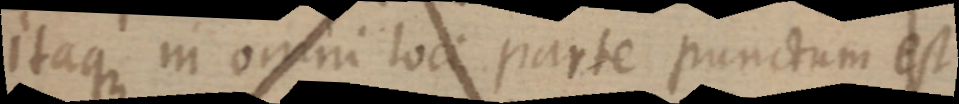
itaque in omni loci parte punctum est